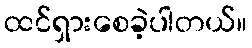
ထင်ရှားစေခဲ့ပါတယ်။